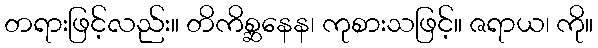
တရားဖြင့်လည်း။ တိကိစ္ဆနေန၊ ကုစားသဖြင့်။ ဇရာယ၊ ကို။